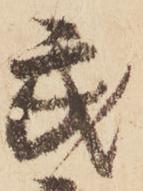
武